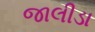
જાલીડા